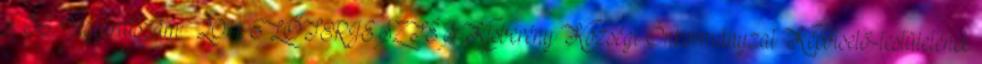
u. 36. Ügyiratszám: 2011. ELŐTERJESZTÉS Kisberény Községi Önkormányzat Képviselő-testületének